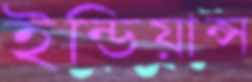
ইন্ডিয়ান্স